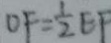
O F = \frac { 1 } { 2 } E F